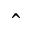
\hat { }